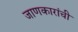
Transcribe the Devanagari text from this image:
जाणकारांची